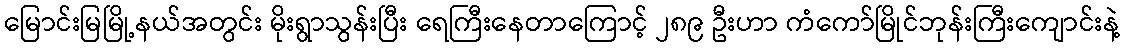
မြောင်းမြမြို့နယ်အတွင်း မိုးရွာသွန်းပြီး ရေကြီးနေတာကြောင့် ၂၈၉ ဦးဟာ ကံကော်မြိုင်ဘုန်းကြီးကျောင်းနဲ့